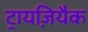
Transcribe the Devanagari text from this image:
ट्रायज़ियैक